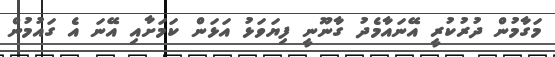
މަގާމުން ދުރުކުރީ އޭނަައާމެދު ގާނޫނީ ފިޔަވަޅު އަޅަން ކަމަށާއި އޭނަ އެ ގައުމުން